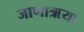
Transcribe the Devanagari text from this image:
जाणाऋया